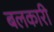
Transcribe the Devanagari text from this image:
बलकारी